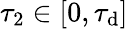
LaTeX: \tau_{2}\in[0,\tau_{\mathrm{d}}]